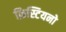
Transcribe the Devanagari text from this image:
क्रिस्टियनो